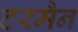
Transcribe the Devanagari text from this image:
टरमैन